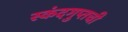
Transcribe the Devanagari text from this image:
स्कंदगुप्तची